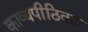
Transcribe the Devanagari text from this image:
काव्यपीठिका